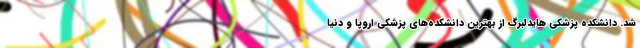
شد. دانشکده پزشکی هایدلبرگ از بهترین دانشکده‌های پزشکی اروپا و دنیا